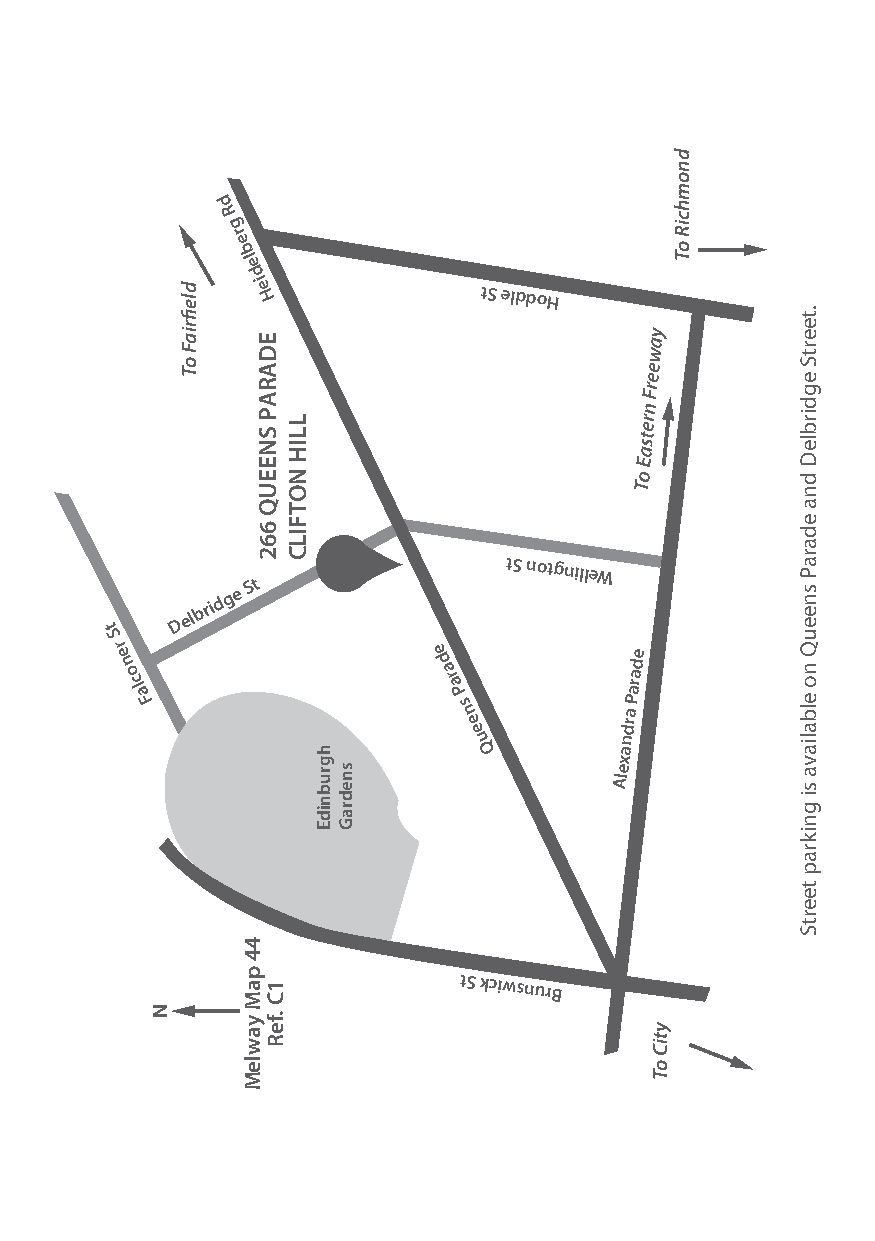
d
 R
 g
 r
 e b
 l
 e
 d
 i e H          tS elddoH
 y a
 w
 e
 e
 r
 F
 n
 r
 e t
 s
 a
 E
 o
 T
 tS notgnilleW
 D
 elbrid g e
 St
 t
 S
 r e n                e d           de o
 cl
 a
 F
 ar
 a
 P
 s
 n          a
 Para
 e
 e
 dr
 u         n
 Q        a
 x
 e
 Al
 tS kciwsnurB
 N
 dlefiriaF
 oT
 44
 paM
 yawleM
 EDARAP
 SNEEUQ
 662
 1C
 .feR
 LLIH
 NOTFILC
 hg
 rubnidE snedraG
 ytiC
 oT
 dnomhciR
 oT
 .teertS
 egdirbleD
 dna
 edaraP
 sneeuQ
 no
 elbaliava
 si
 gnikrap
 teertS